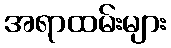
အရာထမ်းများ